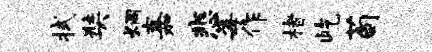
拭奘炯嘉悲莓作楮屹荀